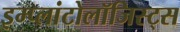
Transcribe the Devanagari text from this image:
इम्प्लांटोलॉजिस्ट्स